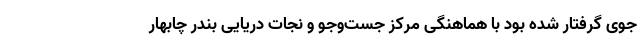
جوی گرفتار شده بود با هماهنگی مرکز جست‌وجو و نجات دریایی بندر چابهار